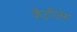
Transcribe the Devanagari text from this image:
कैट्रीजेस